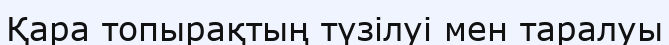
Қара топырақтың түзілуі мен таралуы